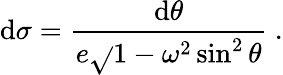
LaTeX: \mathrm{d}\sigma={\frac{{\mathrm{d}\theta}}{{e\sqrt{}{{1-\omega^{2}\sin^{2}\theta}}}}}\ .